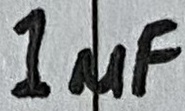
Text: 1µF